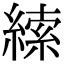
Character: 䌇